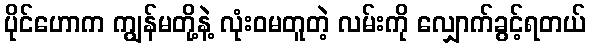
ပိုင်ဟောက ကျွန်မတို့နဲ့ လုံးဝမတူတဲ့ လမ်းကို လျှောက်ခွင့်ရတယ်